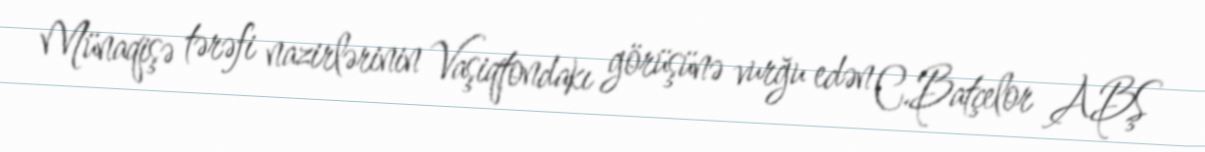
Münaqişə tərəfi nazirlərinin Vaşiqtondakı görüşünə vurğu edən C.Batçelor ABŞ